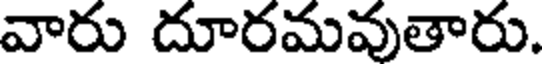
వారు దూరమవుతారు.